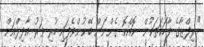
" ރިފްޒާގެ ވާހަކަތަކުން  ކޮއްކޮ ގެންނަން ބޭނުންވެފައި ހުރި ވަރު އާދިލްއަށް